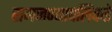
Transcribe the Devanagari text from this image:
समजण्यापलिकडे